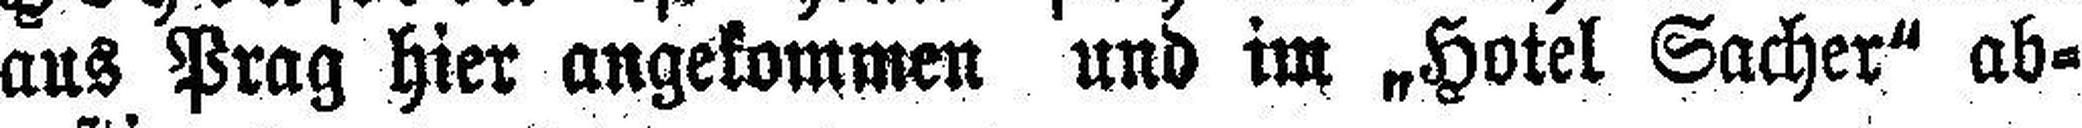
aus Prag hier angekommen und im „Hotel Sacher“ ab¬